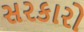
સરકારો